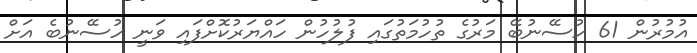
އުމުރުން 61 ހުސޭނުބޭ މަރުގެ ތުހުމަތުގައި ފުލުހުން ހައްޔަރުކޮށްފައި ވަނީ ހުސޭނުބެ އަށް